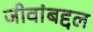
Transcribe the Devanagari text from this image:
जीवांबद्दल